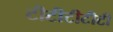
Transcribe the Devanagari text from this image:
टीटीटीटीटी